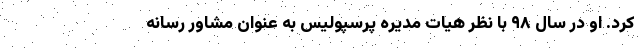
کرد. او در سال ۹۸ با نظر هیات مدیره پرسپولیس به عنوان مشاور رسانه